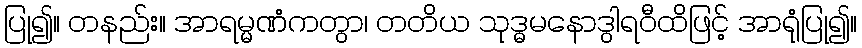
ပြု၍။ တနည်း။ အာရမ္မဏံကတွာ၊ တတိယ သုဒ္ဓမနောဒွါရဝီထိဖြင့် အာရုံပြု၍။